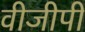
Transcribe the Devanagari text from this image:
वीजीपी